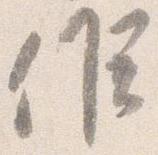
候